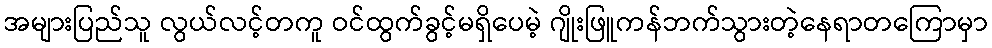
အများပြည်သူ လွယ်လင့်တကူ ဝင်ထွက်ခွင့်မရှိပေမဲ့ ဂျိုးဖြူကန်ဘက်သွားတဲ့နေရာတကြောမှာ